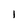
Character: I